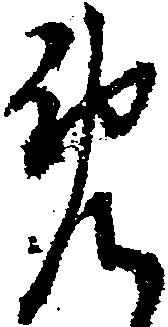
免